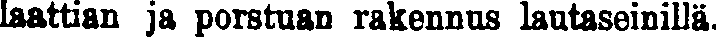
laattian ja porstuan rakennus lautaseinillä.